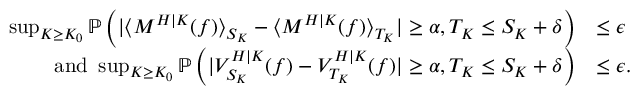
\begin{array} { r l } { \operatorname* { s u p } _ { K \geq K _ { 0 } } \mathbb { P } \left( | \langle M ^ { H | K } ( f ) \rangle _ { S _ { K } } - \langle M ^ { H | K } ( f ) \rangle _ { T _ { K } } | \geq \alpha , T _ { K } \leq S _ { K } + \delta \right) } & { \leq \epsilon } \\ { \mathrm { a n d ~ } \operatorname* { s u p } _ { K \geq K _ { 0 } } \mathbb { P } \left( | V _ { S _ { K } } ^ { H | K } ( f ) - V _ { T _ { K } } ^ { H | K } ( f ) | \geq \alpha , T _ { K } \leq S _ { K } + \delta \right) } & { \leq \epsilon . } \end{array}